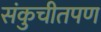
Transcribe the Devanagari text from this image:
संकुचीतपण